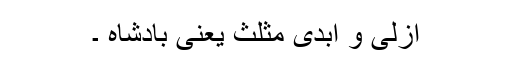
ازلی و ابدی مثلث یعنی بادشاہ ۔